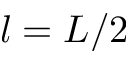
l = L / 2